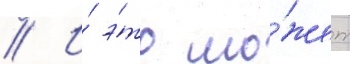
// И́ э́то мо́жет